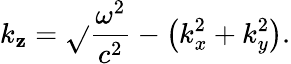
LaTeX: k_{\mathbf{z}}={\sqrt{}{{{\frac{{\omega^{2}}}{{c^{2}}}}-\left(k_{x}^{2}+k_{y}^{2}\right)}}}.